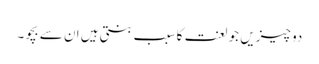
دو چیزیں جو لعنت کا سبب بنتی ہیں ان سے بچو۔